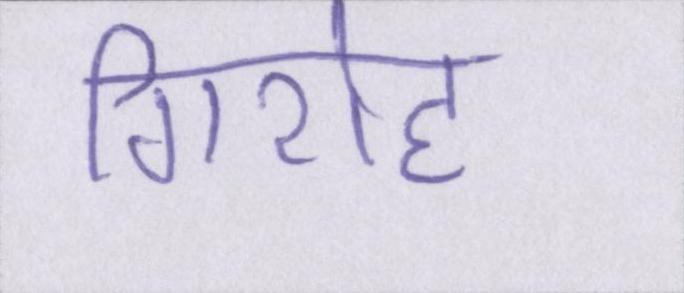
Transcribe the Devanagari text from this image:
गिरोह